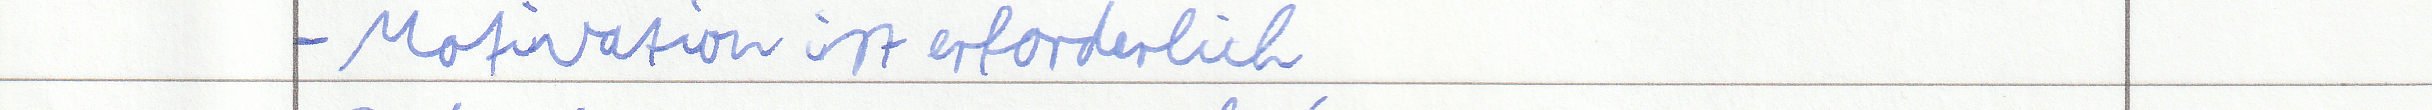
- Motivation ist erforderlich